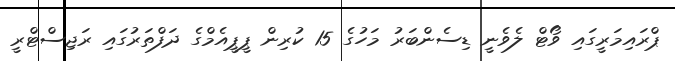
ޕްރައިމަރީގައި ވޯޓް ލެވެނީ ޑިސެންބަރު މަހުގެ 15 ކުރިން ޕީޕީއެމްގެ ދަފްތަރުގައި ރަޖިސްޓްރީ